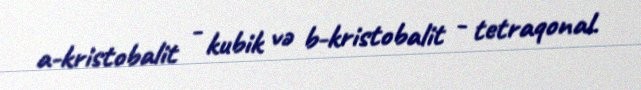
a-kristobalit - kubik və b-kristobalit - tetraqonal.